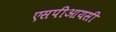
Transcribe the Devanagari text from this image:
एसपीआयसी